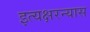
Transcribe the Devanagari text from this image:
इत्यक्षरन्यास